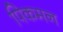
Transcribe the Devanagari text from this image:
पिकमन